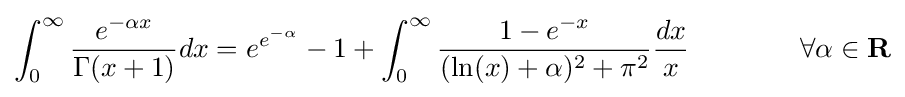
\int _{0}^{\infty }{\frac {e^{-\alpha x}}{\Gamma (x+1)}}dx=e^{e^{-\alpha }}-1+\int _{0}^{\infty }{\frac {1-e^{-x}}{(\ln(x)+\alpha )^{2}+\pi ^{2}}}{\frac {dx}{x}}\qquad \qquad \forall \alpha \in \mathbf {R}